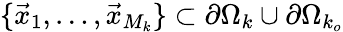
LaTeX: \{ \vec{x}_{1},\dots,\vec{x}_{M_{k}}\} \subset\partial\Omega_{k}\cup\partial\Omega_{k_{o}}